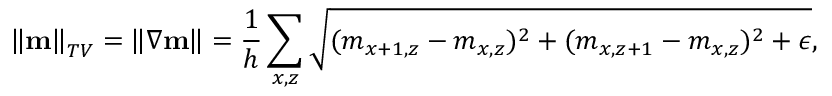
\left\lVert \mathbf { m } \right\rVert _ { T V } = \left\lVert \nabla \mathbf { m } \right\rVert = \frac { 1 } { h } \sum _ { x , z } \sqrt { ( m _ { x + 1 , z } - m _ { x , z } ) ^ { 2 } + ( m _ { x , z + 1 } - m _ { x , z } ) ^ { 2 } + \epsilon } ,